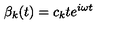
\beta _ { k } ( t ) = c _ { k } t e ^ { i \omega t }